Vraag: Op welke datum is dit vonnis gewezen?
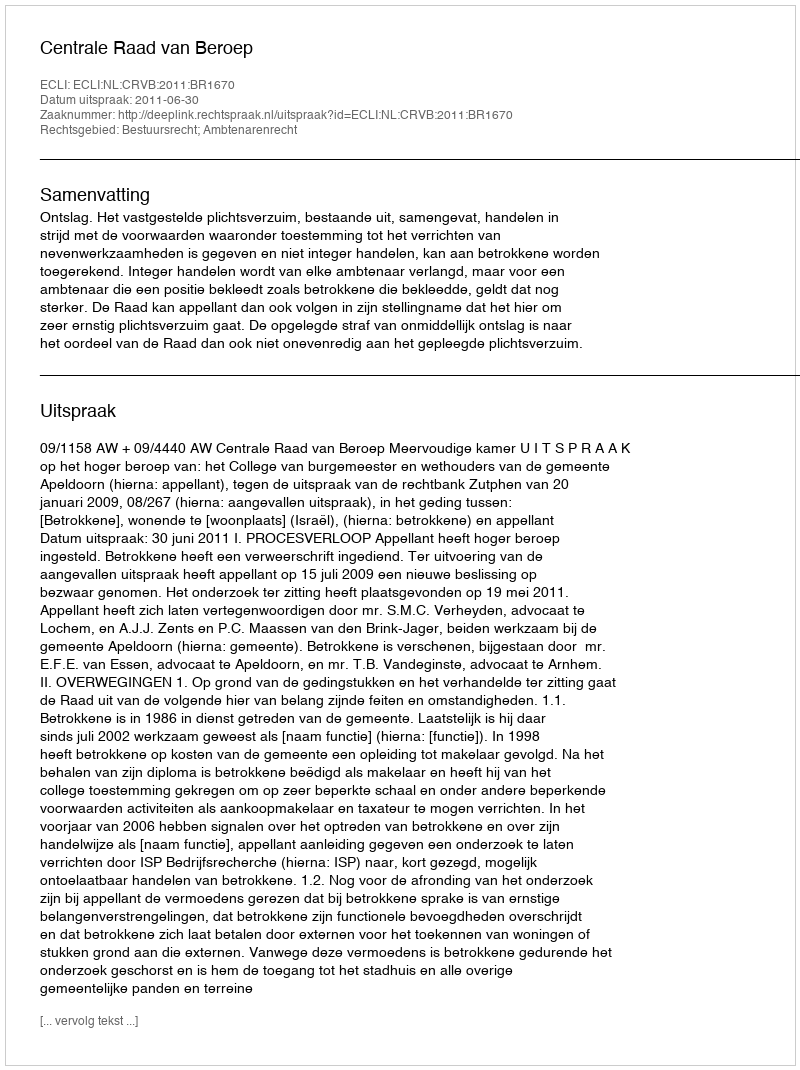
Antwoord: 2011-06-30